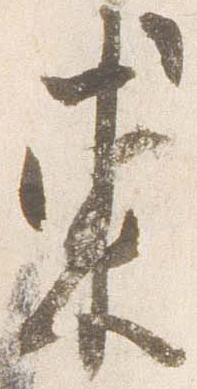
東